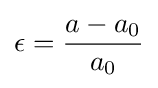
\epsilon ={\frac {a-a_{0}}{a_{0}}}